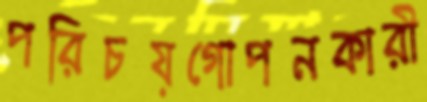
পরিচয়গোপনকারী